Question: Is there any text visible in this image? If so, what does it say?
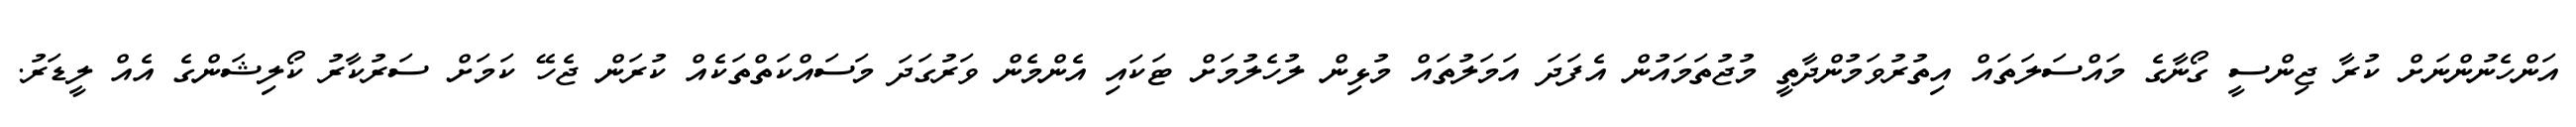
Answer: އަންހެނުންނަށް ކުރާ ޖިންސީ ގޯނާގެ މައްސަލަތައް އިތުރުވަމުންދާތީ މުޖުތަމައުން އެފަދަ އަމަލުތައް މުޅިން ލުހެލުމަށް ޓަކައި އެންމެން ވަރުގަދަ މަސައްކަތްތަކެއް ކުރަން ޖެހޭ ކަމަށް ސަރުކާރު ކޯލިޝަންގެ އެއް ލީޑަރު.